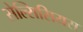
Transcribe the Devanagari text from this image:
सेल्सिसियस